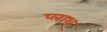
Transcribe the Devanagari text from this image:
प्लाथ्